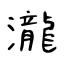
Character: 瀧